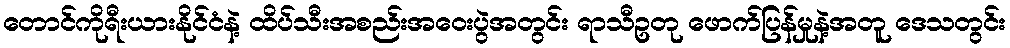
တောင်ကိုရီးယားနိုင်ငံနဲ့ ထိပ်သီးအစည်းအဝေးပွဲအတွင်း ရာသီဥတု ဖောက်ပြန်မှုနဲ့အတူ ဒေသတွင်း